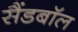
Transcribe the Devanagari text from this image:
सैंडबॉल